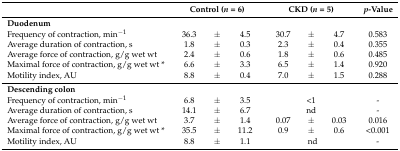
<table><thead><tr><td></td><td colspan="3"><b>Control (<i>n</i> = 6)</b></td><td colspan="3"><b>CKD (<i>n</i> = 5)</b></td><td><b><i>p</i>-Value</b></td></tr></thead><tbody><tr><td><b>Duodenum</b></td><td colspan="3"></td><td colspan="3"></td><td></td></tr><tr><td>Frequency of contraction, min<sup>−1</sup></td><td>36.3</td><td>±</td><td>4.5</td><td>30.7</td><td>±</td><td>4.7</td><td>0.583</td></tr><tr><td>Average duration of contraction, s</td><td>1.8</td><td>±</td><td>0.3</td><td>2.3</td><td>±</td><td>0.4</td><td>0.355</td></tr><tr><td>Average force of contraction, g/g wet wt</td><td>2.4</td><td>±</td><td>0.6</td><td>1.8</td><td>±</td><td>0.6</td><td>0.485</td></tr><tr><td>Maximal force of contraction, g/g wet wt *</td><td>6.6</td><td>±</td><td>3.3</td><td>6.5</td><td>±</td><td>1.4</td><td>0.920</td></tr><tr><td>Motility index, AU</td><td>8.8</td><td>±</td><td>0.4</td><td>7.0</td><td>±</td><td>1.5</td><td>0.288</td></tr><tr><td colspan="8"><b>Descending colon</b></td></tr><tr><td>Frequency of contraction, min<sup>−1</sup></td><td>6.8</td><td>±</td><td>3.5</td><td colspan="3">&lt;1</td><td>-</td></tr><tr><td>Average duration of contraction, s</td><td>14.1</td><td>±</td><td>6.7</td><td colspan="3">nd</td><td>-</td></tr><tr><td>Average force of contraction, g/g wet wt</td><td>3.7</td><td>±</td><td>1.4</td><td>0.07</td><td>±</td><td>0.03</td><td>0.016</td></tr><tr><td>Maximal force of contraction, g/g wet wt *</td><td>35.5</td><td>±</td><td>11.2</td><td>0.9</td><td>±</td><td>0.6</td><td>&lt;0.001</td></tr><tr><td>Motility index, AU</td><td>8.8</td><td>±</td><td>1.1</td><td></td><td>nd</td><td></td><td>-</td></tr></tbody></table>